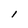
Character: I